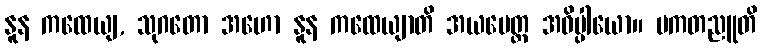
နူန ကထေယျ, သုဂတော အဟော နူန ကထေယျာတိ အယမေတ္ထ အဓိပ္ပါယော။ ပကတညူတိ